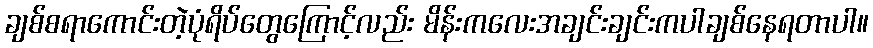
ချစ်စရာကောင်းတဲ့ပုံရိပ်တွေကြောင့်လည်း မိန်းကလေးအချင်းချင်းကပါချစ်နေရတာပါ။